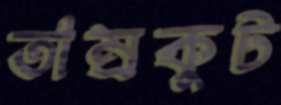
তাম্রকুট